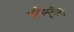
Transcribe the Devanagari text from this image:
ऋषिमूनींनी